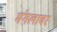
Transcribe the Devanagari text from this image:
मंगलावर